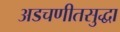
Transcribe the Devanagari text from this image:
अडचणीतसुद्धा